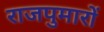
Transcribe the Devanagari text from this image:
राजपुमारों